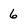
Character: 6